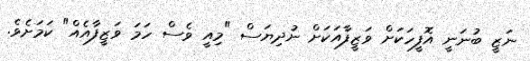
ނަޒީ ބުނަނީ އޮފީހަކަށް ވަޒީފާއަކަށް ނުދިޔަސް "މިއީ ވެސް ހަމަ ވަޒީފާއެއް" ކަމަށެވެ.